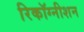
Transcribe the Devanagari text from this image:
रिकॉग्नीशन